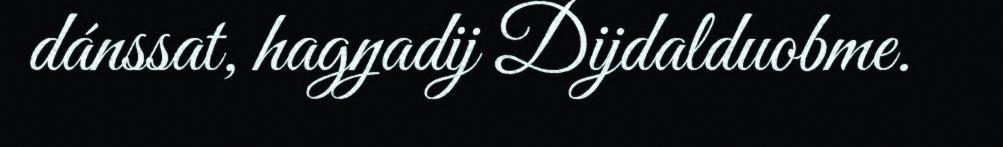
dánssat, hagŋadij Dijdalduobme.